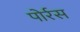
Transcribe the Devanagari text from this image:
पोर्रस